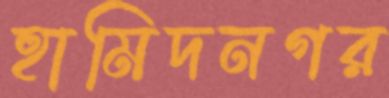
হামিদনগর